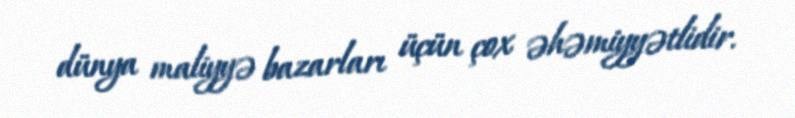
dünya maliyyə bazarları üçün çox əhəmiyyətlidir.